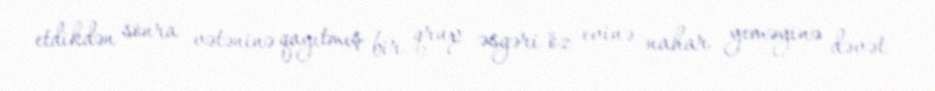
etdikdən sonra vətəninə qayıtmış bir qrup əsgəri öz evinə nahar yeməyinə dəvət